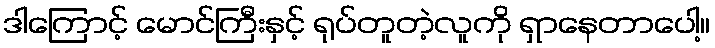
ဒါကြောင့် မောင်ကြီးနှင့် ရုပ်တူတဲ့လူကို ရှာနေတာပေါ့။